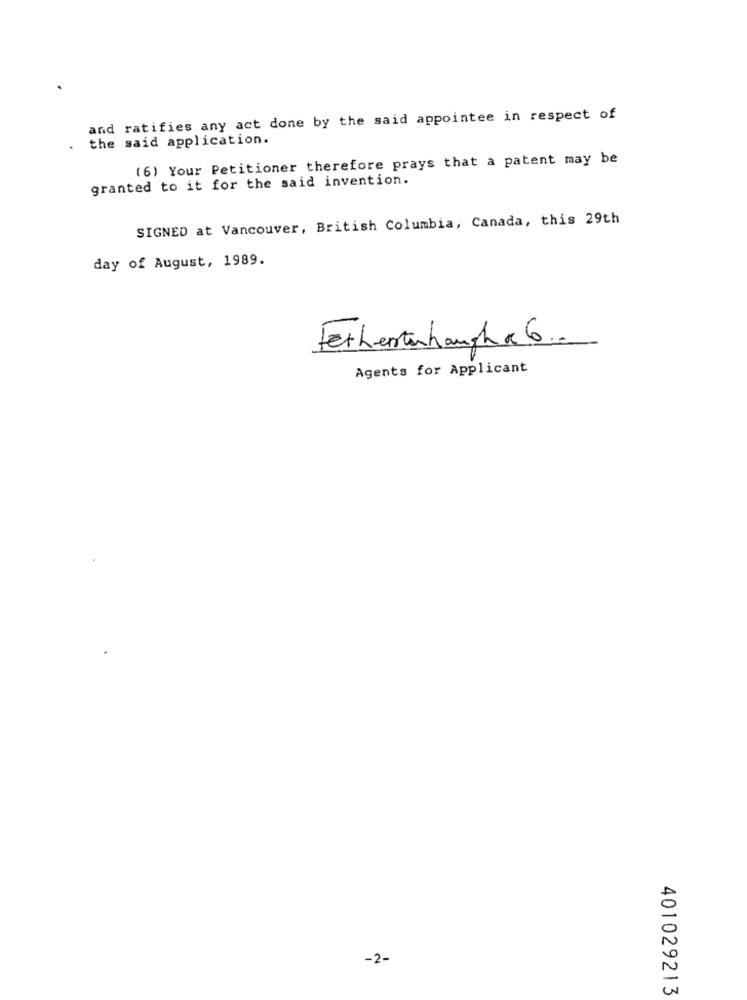
and ratifies any act done by the said appointee in respect of
the said application.
(6) Your Petitioner therefore prays that a patent may be
granted to it for the said invention.
SIGNED at Vancouver, British Columbia, Canada, this 29th
day of August, 1989.
Fethertuhaugh x 6 ..
Agents for Applicant
-2-
401029213